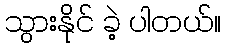
သွားနိုင် ခဲ့ ပါတယ်။